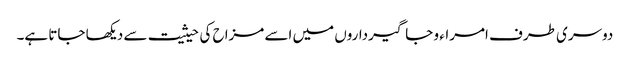
دوسری طرف امراء و جاگیرداروں میں اسے مزاح کی حیثیت سے دیکھا جاتا ہے۔